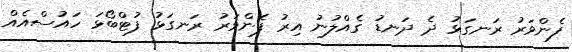
ފެންވަރު ރަނގަޅު ދެ ދަނޑު ގެއްލުނު އިރު ފެންވަރު ރަނގަޅު ފުޓްބޯޅަ ހައުސްއެއް